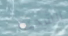
الشحنة